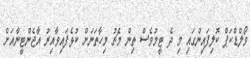
ވޯލްޑްކަޕް ކޮލިފައިންގައި މި ދެ ޓީމުވެސް ތިން މެޗު މިހާތަނަށް ކުޅެފައިވާއިރު އާޖެންޓީނާއަށް